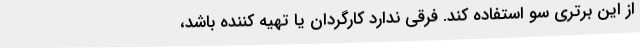
از این برتری سو استفاده کند. فرقی ندارد کارگردان یا تهیه کننده باشد،